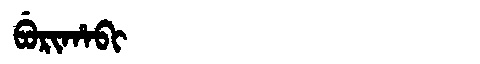
Manchu: ᠪᡠᡵᡳᡥᠠᠪᡳ
Romanization: BURIHABI